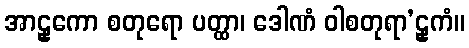
အာဠှကော စတုရော ပတ္ထာ၊ ဒေါဏံ ဝါစတုရာ’ဠှကံ။